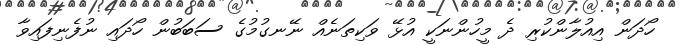
ހޯދަން އިއުލާންކުރި ދެ މީހުންނަކީ އުޅޭ ވަކިތަނެއް ނޭނގުމުގެ ސަބަބުން ހޯދައި ނުފެނިފައިވާ